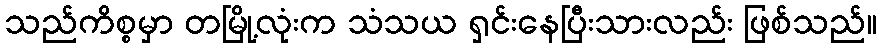
သည်ကိစ္စမှာ တမြို့လုံးက သံသယ ရှင်းနေပြီးသားလည်း ဖြစ်သည်။